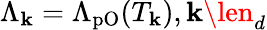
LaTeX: \Lambda_{\mathbf{k}}=\Lambda_{\mathrm{{pO}}}(T_{\mathbf{k}}),\mathbf{k}\len_{d}